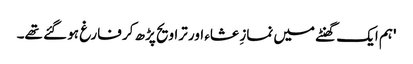
'ہم ایک گھنٹے میں نمازِ عشاء اور تراویح پڑھ کر فارغ ہو گئے تھے۔